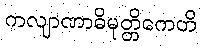
ကလျာဏာဓိမုတ္တိကေဟိ